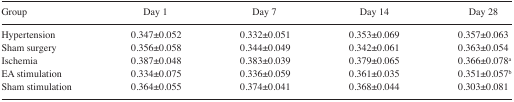
<table><thead><tr><td><b>Group</b></td><td><b>Day 1</b></td><td><b>Day 7</b></td><td><b>Day 14</b></td><td><b>Day 28</b></td></tr></thead><tbody><tr><td>Hypertension</td><td>0.347±0.052</td><td>0.332±0.051</td><td>0.353±0.069</td><td>0.357±0.063</td></tr><tr><td>Sham surgery</td><td>0.356±0.058</td><td>0.344±0.049</td><td>0.342±0.061</td><td>0.363±0.054</td></tr><tr><td>Ischemia</td><td>0.387±0.048</td><td>0.383±0.039</td><td>0.379±0.065</td><td>0.366±0.078a</td></tr><tr><td>EA stimulation</td><td>0.334±0.075</td><td>0.336±0.059</td><td>0.361±0.035</td><td>0.351±0.057b</td></tr><tr><td>Sham stimulation</td><td>0.364±0.055</td><td>0.374±0.041</td><td>0.368±0.044</td><td>0.303±0.081</td></tr></tbody></table>